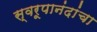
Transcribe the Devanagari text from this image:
स्वरूपानंदांचा